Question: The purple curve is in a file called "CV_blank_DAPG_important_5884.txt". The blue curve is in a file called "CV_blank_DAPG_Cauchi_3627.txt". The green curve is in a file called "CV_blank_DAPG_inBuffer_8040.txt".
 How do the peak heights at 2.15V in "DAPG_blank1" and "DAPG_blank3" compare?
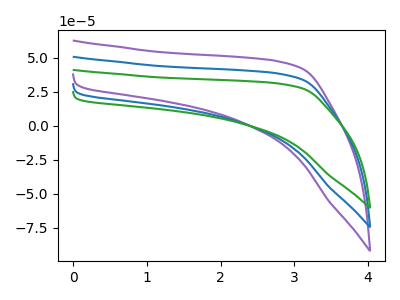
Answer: <think>The purple curve "DAPG_blank1" has no peaks. The blue curve "DAPG_blank2" has no peaks. The green curve "DAPG_blank3" has no peaks.</think>
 <answer>"DAPG_blank1" and "DAPG_blank3" dont share a peak at 2.15V.</answer>
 <eval>mismatch</eval>